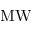
\mathrm { M W }